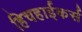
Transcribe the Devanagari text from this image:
हिचहाईकर्स